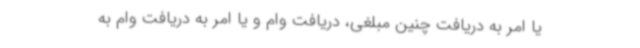
یا امر به دریافت چنین مبلغی، دریافت وام و یا امر به دریافت وام به